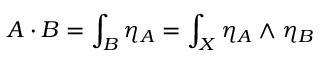
A \cdot B = \int _ { B } \eta _ { A } = \int _ { X } \eta _ { A } \wedge \eta _ { B }